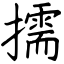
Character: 擩